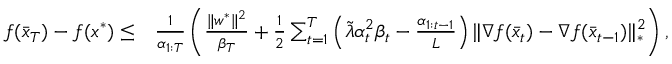
\begin{array} { r l } { f ( \bar { x } _ { T } ) - f ( x ^ { * } ) \leq } & { \frac { 1 } { \alpha _ { 1 : T } } \left( \frac { \| w ^ { * } \| ^ { 2 } } { \beta _ { T } } + \frac { 1 } { 2 } \sum _ { t = 1 } ^ { T } \left( \tilde { \lambda } \alpha _ { t } ^ { 2 } \beta _ { t } - \frac { \alpha _ { 1 : t - 1 } } { L } \right) \| \nabla f ( \bar { x } _ { t } ) - \nabla f ( \bar { x } _ { t - 1 } ) \| _ { * } ^ { 2 } \right) , } \end{array}